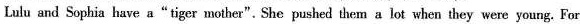
Lulu and Sophia have a"tiger mother".She pushed them a lot when they were young. For